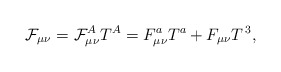
\begin{align*}\mathcal{F}_{\mu \nu }=\mathcal{F}_{\mu \nu }^AT^A=F_{\mu \nu }^aT^a+F_{\mu\nu }T^{\,3}, \end{align*}